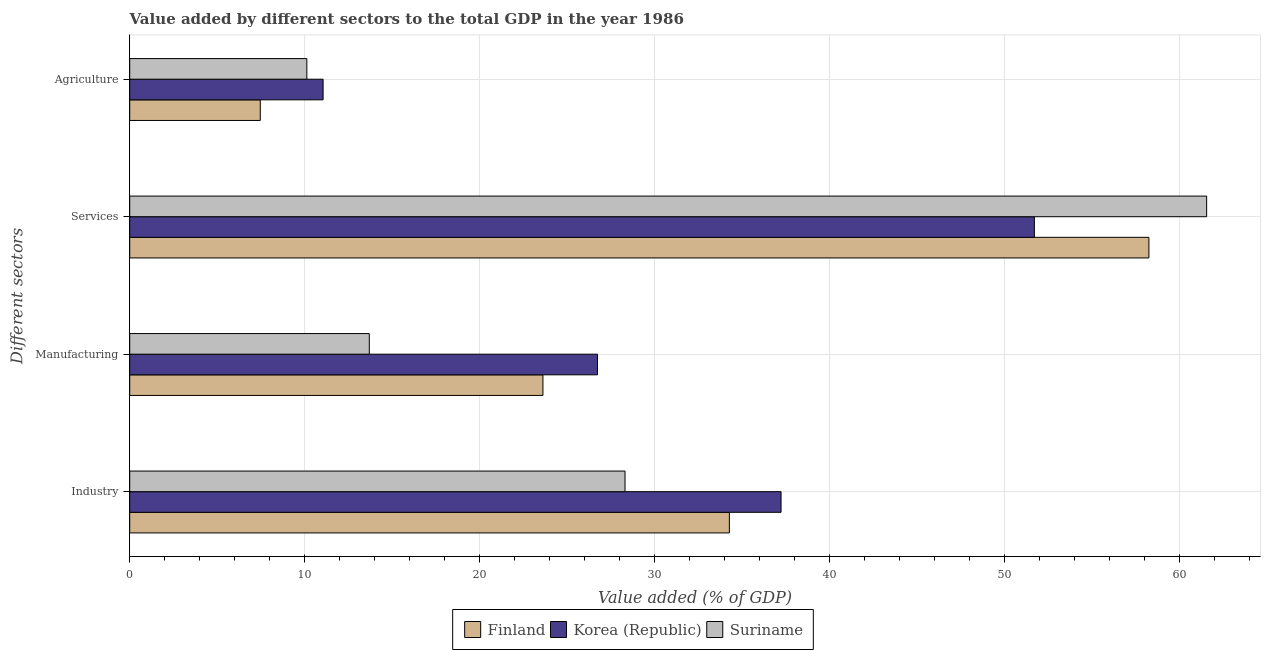
| Different sectors | Finland | Korea (Republic) | Suriname |
 | --- | --- | --- | --- |
 | Industry | 34.3 | 37.2 | 28.3 |
 | Manufacturing | 23.6 | 26.7 | 13.7 |
 | Services | 58.3 | 51.7 | 61.6 |
 | Agriculture | 7.46 | 11.1 | 10.1 |